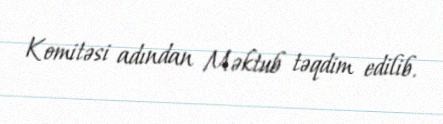
Komitəsi adından Məktub təqdim edilib.